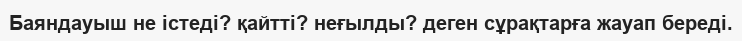
Баяндауыш не істеді? қайтті? неғылды? деген сұрақтарға жауап береді.